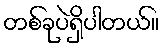
တစ်ခုပဲရှိပါတယ်။